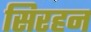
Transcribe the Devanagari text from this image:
सिरहन